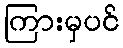
ကြားမှပင်